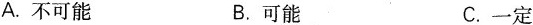
A.不可能 B.可能 C.一定